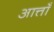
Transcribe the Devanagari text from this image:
आत्ताँ